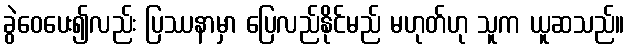
ခွဲဝေပေး၍လည်း ပြဿနာမှာ ပြေလည်နိုင်မည် မဟုတ်ဟု သူက ယူဆသည်။